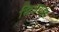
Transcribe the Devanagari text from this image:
स्टिअराइड